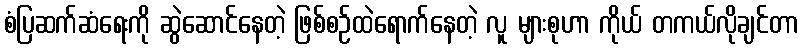
စံပြဆက်ဆံရေးကို ဆွဲဆောင်နေတဲ့ ဖြစ်စဉ်ထဲရောက်နေတဲ့ လူ များစုဟာ ကိုယ် တကယ်လိုချင်တာ